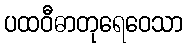
ပထဝီဓာတုရေဝေသာ